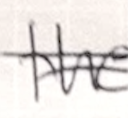
Text: the
Cross-out: double-line
Writing tool: ballpoint